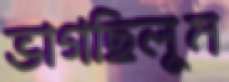
ভাগছিলুম